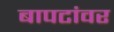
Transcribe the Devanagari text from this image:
बापटांवर